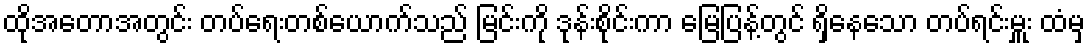
ထိုအတောအတွင်း တပ်ရေးတစ်ယောက်သည် မြင်းကို ဒုန်းစိုင်းကာ မြေပြန့်တွင် ရှိနေသော တပ်ရင်းမှူး ထံမှ